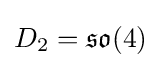
D_{2}={\mathfrak {so}}(4)